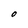
Character: O